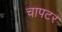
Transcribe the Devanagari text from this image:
चापटर